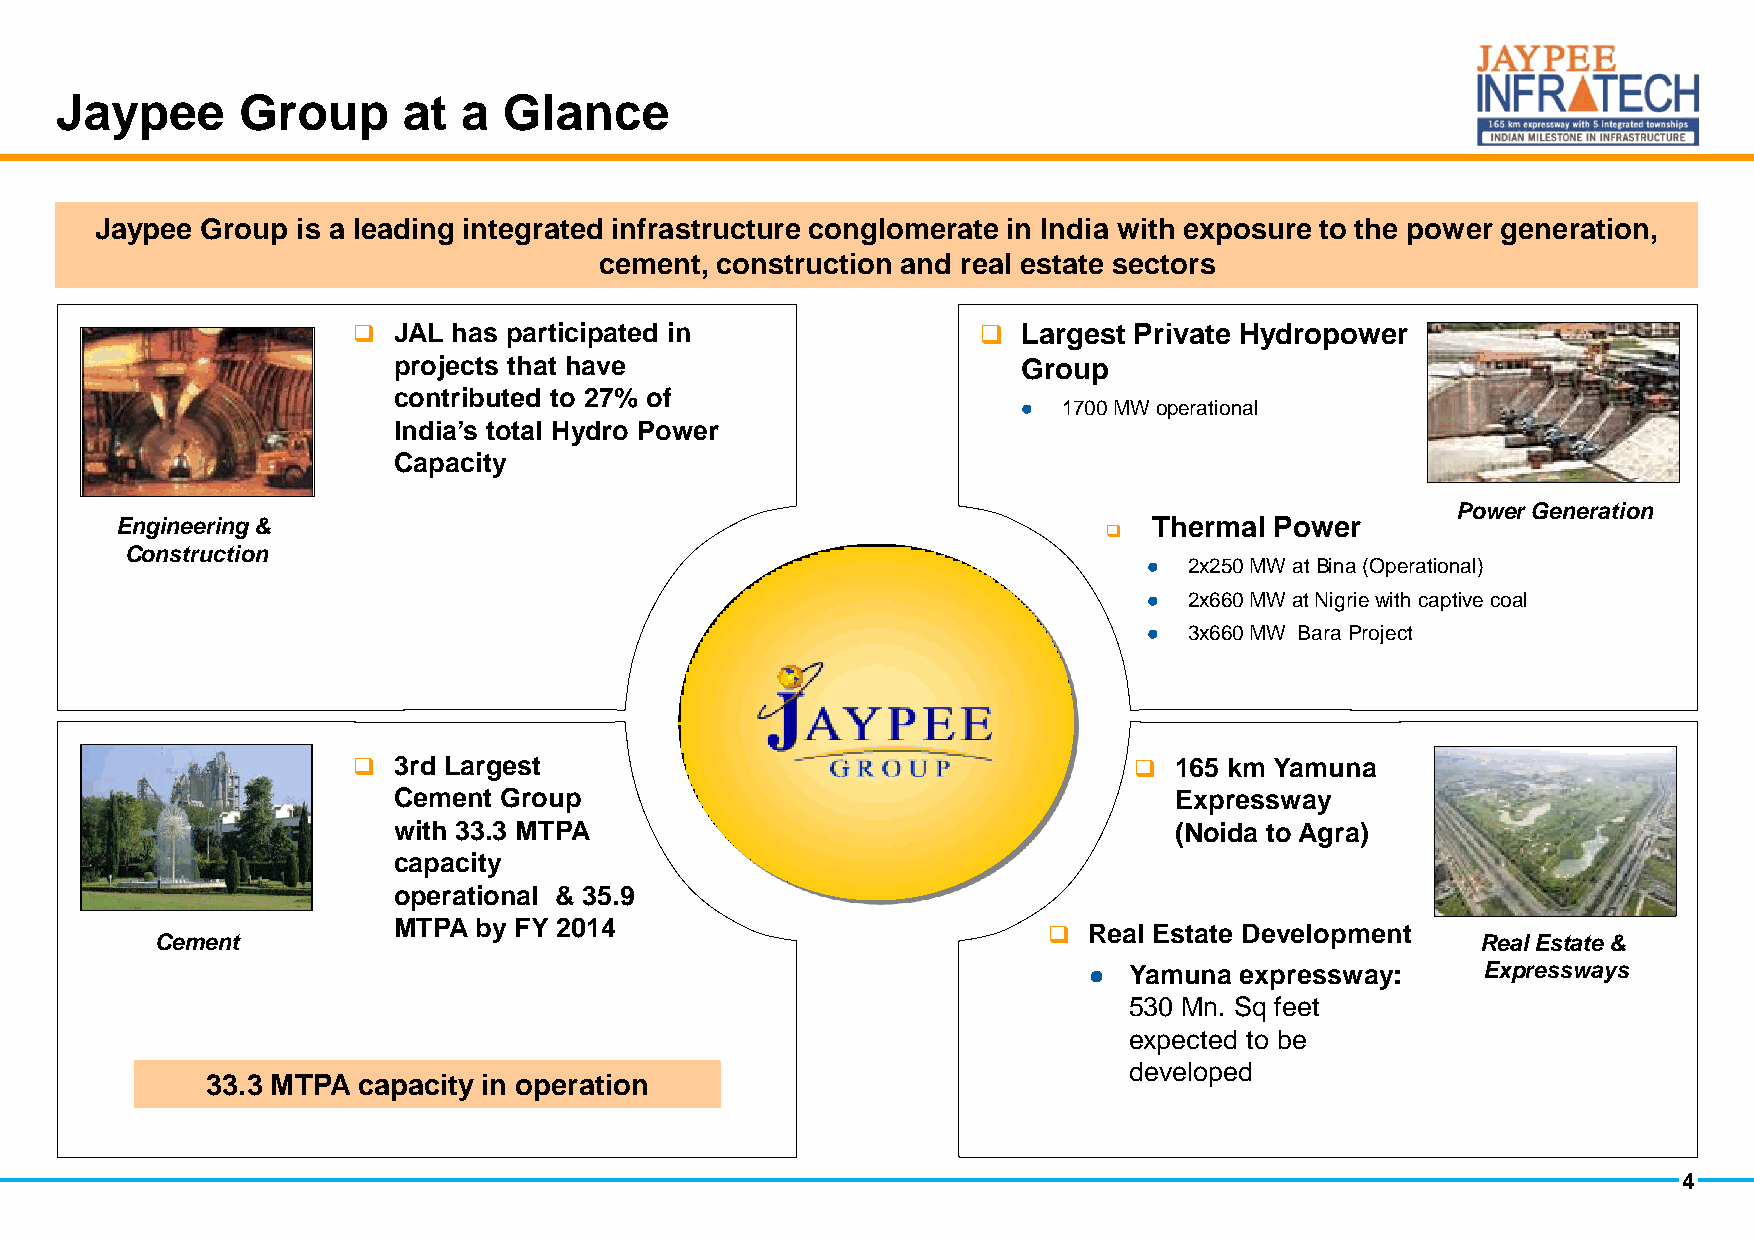
Jaypee      Group      at  a Glance
 Jaypee Group  is a leading integrated infrastructure conglomerate in India with exposure to the power generation,
 cement, construction and real estate sectors
   JAL has participated in                  Largest Private Hydropower
 projects that have                        Group
 contributed to 27% of
  1700 MW operational
 India’s total Hydro Power
 Capacity
 Power Generation
 Engineering &                                                       Thermal Power
 
 Construction
   2x250 MW at Bina (Operational)
   2x660 MW at Nigrie with captive coal
   3x660 MW Bara Project
   3rd Largest                                        165 km Yamuna
 Cement Group                                        Expressway
 with 33.3 MTPA                                      (Noida to Agra)
 capacity
 operational & 35.9
 MTPA by FY 2014                              Real Estate Development
 Cement                                                                                  Real Estate &
   Yamuna expressway:     Expressways
 530 Mn. Sq feet
 expected to be
 developed
 33.3 MTPA capacity in operation
 4